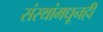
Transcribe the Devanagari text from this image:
संस्थांमधूनही